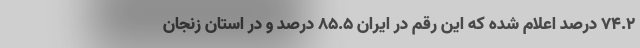
۷۴.۲ درصد اعلام شده که این رقم در ایران ۸۵.۵ درصد و در استان زنجان